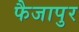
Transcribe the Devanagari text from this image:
फैजापुर